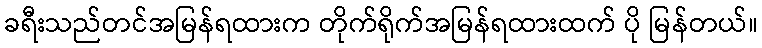
ခရီးသည်တင်အမြန်ရထားက တိုက်ရိုက်အမြန်ရထားထက် ပို မြန်တယ်။